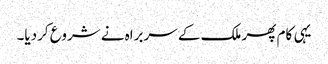
یہی کام پھر ملک کے سربراہ نے شروع کردیا۔